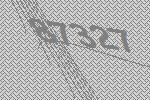
87327